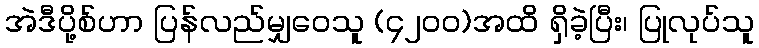
အဲဒီပို့စ်ဟာ ပြန်လည်မျှဝေသူ (၄၂၀၀)အထိ ရှိခဲ့ပြီး၊ ပြုလုပ်သူ